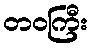
တဝကြီး